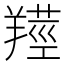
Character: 𦎺